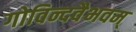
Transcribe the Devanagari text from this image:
गोविन्दवैभवम्